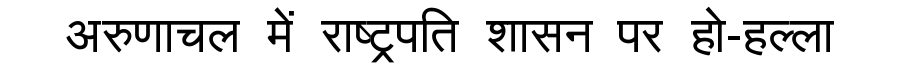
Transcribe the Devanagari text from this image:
अरुणाचल में राष्ट्रपति शासन पर हो-हल्ला